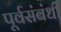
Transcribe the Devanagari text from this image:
पूर्वसंबंधी